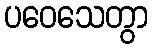
ပဝေသေတွာ